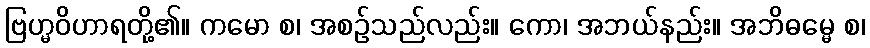
ဗြဟ္မဝိဟာရတို့၏။ ကမော စ၊ အစဉ်သည်လည်း။ ကော၊ အဘယ်နည်း။ အဘိဓမ္မေ စ၊